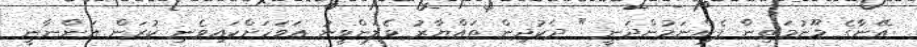
އޭނާގެ މޫނުމަތިން ފެންނަމުންދަނީ " ދެކުދިން ތައްޔާރު ވެލަންވީނު އަވަހަށްކައިވެނި ކުރަން އަންނާނީ